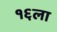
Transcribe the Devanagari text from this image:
१६ला